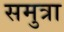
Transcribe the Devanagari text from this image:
समुत्रा